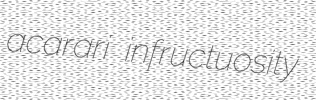
acarari infructuosity